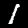
Digit: 1